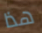
هذا